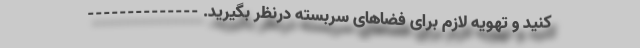
کنید و تهویه لازم برای فضاهای سربسته درنظر بگیرید. --------------